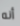
أنه